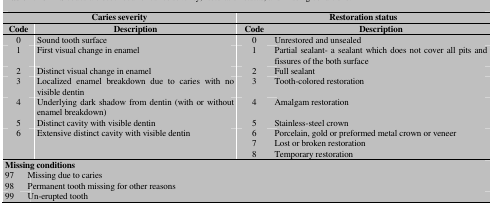
<table><thead><tr><td colspan="3"><b>Caries severity</b></td><td colspan="2"><b>Restoration status</b></td></tr></thead><tbody><tr><td colspan="2"><b>Code</b></td><td><b>Description</b></td><td><b>Code</b></td><td><b>Description</b></td></tr><tr><td colspan="2"> 0 </td><td> Sound tooth surface </td><td> 0 </td><td> Unrestored and unsealed </td></tr><tr><td colspan="2"> 1 </td><td> First visual change in enamel </td><td> 1 </td><td> Partial sealant- a sealant which does not cover all pits and fissures of the both surface </td></tr><tr><td colspan="2"> 2 </td><td> Distinct visual change in enamel </td><td> 2 </td><td> Full sealant </td></tr><tr><td colspan="2"> 3 </td><td> Localized enamel breakdown due to caries with no visible dentin </td><td> 3 </td><td> Tooth-colored restoration </td></tr><tr><td colspan="2"> 4 </td><td> Underlying dark shadow from dentin (with or without enamel breakdown) </td><td> 4 </td><td> Amalgam restoration </td></tr><tr><td colspan="2"> 5 </td><td> Distinct cavity with visible dentin </td><td> 5 </td><td> Stainless-steel crown </td></tr><tr><td colspan="2"> 6 </td><td> Extensive distinct cavity with visible dentin </td><td> 6 </td><td> Porcelain, gold or preformed metal crown or veneer </td></tr><tr><td colspan="2"></td><td></td><td> 7 </td><td> Lost or broken restoration </td></tr><tr><td colspan="2"></td><td></td><td> 8 </td><td> Temporary restoration </td></tr><tr><td colspan="5"><b>Missing conditions</b></td></tr><tr><td> 97 </td><td colspan="4"> Missing due to caries </td></tr><tr><td> 98 </td><td colspan="4"> Permanent tooth missing for other reasons </td></tr><tr><td> 99 </td><td colspan="4"> Un-erupted tooth </td></tr></tbody></table>